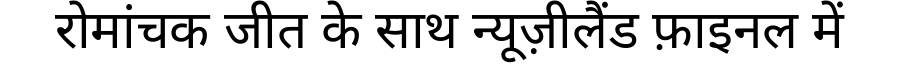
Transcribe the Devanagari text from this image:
रोमांचक जीत के साथ न्यूज़ीलैंड फ़ाइनल में